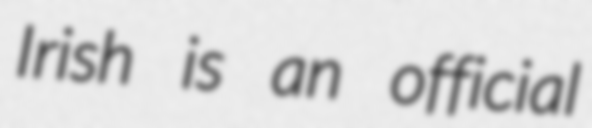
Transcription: Irish is an official